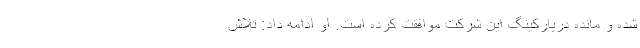
شده و مانده در‌پارکینگ این شرکت موافقت کرده است. او ادامه داد: تلاش